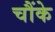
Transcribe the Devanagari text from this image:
चौंके